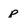
Character: p